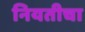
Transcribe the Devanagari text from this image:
नियतीचा